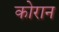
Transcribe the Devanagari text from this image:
कोरान